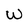
Character: W